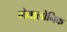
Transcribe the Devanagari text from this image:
मेवालोनिक